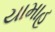
યામાહ